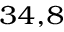
^ { 3 4 , 8 }